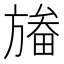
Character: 𣄏